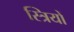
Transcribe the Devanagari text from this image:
स्‍त्रियों